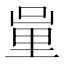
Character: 𨤦